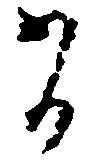
有